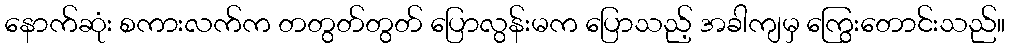
နောက်ဆုံး စကားလက်က တတွတ်တွတ် ပြောလွန်းမက ပြောသည့် အခါကျမှ ကြွေးတောင်းသည်။